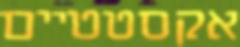
אקסטטיים